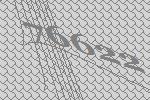
76622